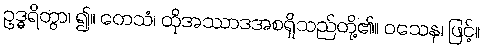
ဥဒ္ဓရိတွာ၊ ၍။ တေသံ၊ ထိုအဿာဒအစရှိသည်တို့၏။ ဝသေန၊ ဖြင့်။